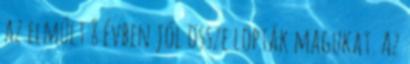
az elmúlt 8 évben jól össze lopták magukat. Az